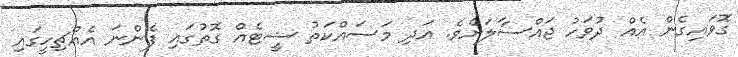
ގޮވައިގެން އެއް ދުވަހު ޖައްސާލަށެވެ. އަދި މަސައްކަތު ޝީޓެއް ގޮތުގައި ފެންނަ އެއްޗިހީގައި